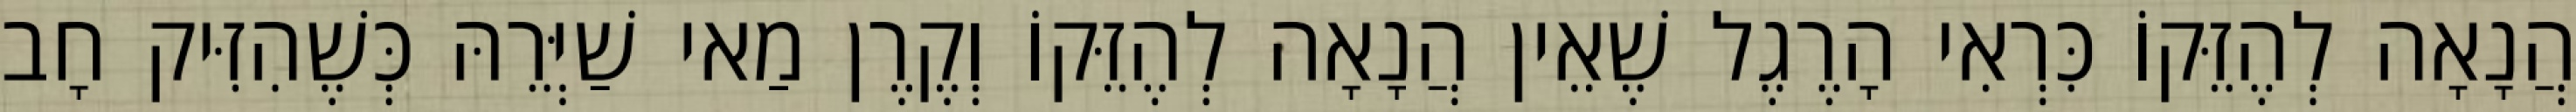
הֲנָאָה לְהֶזֵּקוֹ כִּרְאִי הָרֶגֶל שֶׁאֵין הֲנָאָה לְהֶזֵּקוֹ וְקֶרֶן מַאי שַׁיְּרֵהּ כְּשֶׁהִזִּיק חָב